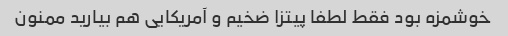
خوشمزه بود فقط لطفا پیتزا ضخیم و آمریکایی هم بیارید ممنون